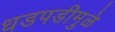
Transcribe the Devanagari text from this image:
धडपडीमुळे